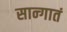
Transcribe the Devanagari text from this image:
सान्गातं